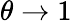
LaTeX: \theta\rightarrow 1